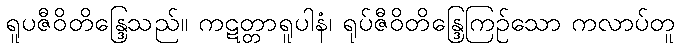
ရူပဇီဝိတိန္ဒြေသည်။ ကဋတ္တာရူပါနံ၊ ရုပ်ဇီဝိတိန္ဒြေကြဉ်သော ကလာပ်တူ